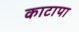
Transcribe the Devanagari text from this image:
काटापा